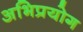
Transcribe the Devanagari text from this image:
अभिप्रयोग